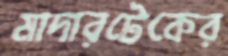
মাদারটেকের